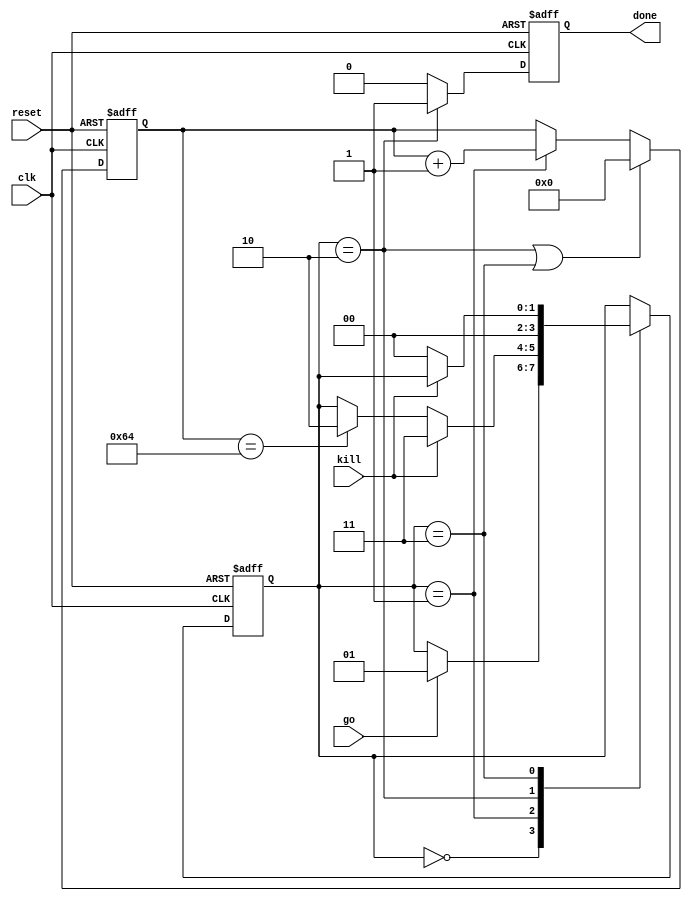
//A state machine with four internal states namely idle, active, finish and abort
//With go signal, enters active, counts upto 1000 and then goes finish where asserts done signal to output
//Unless it's interrupted with kill input signal in active then aborts untill kill is high

module state_machine (clk, reset, go, kill, done);

    input clk;
    input reset;
    input go;
    input kill;
    
    output done;
    reg done;

    reg [1:0] state;      //To implement the current state  
    reg [6:0] count;      //To count while in active state

    //Local parameters for alphanumeric mapping, on the other hand, define is global
    parameter idle = 2'b00;
    parameter active = 2'b01;
    parameter finish = 2'b10;
    parameter abort = 2'b11;

    //State machine
    always @ (posedge clk or posedge reset)
        begin
            if (reset)
                state <= idle;
            else
                case (state)
                    idle:
                        if (go) state <= active;
                    active:
                        if (kill) state <= abort;
                        else if (count == 7'd100) state <= finish;
                    finish:
                        state <= idle;
                    abort:
                        if (!kill) state <= idle;
                    default:
                        state <= idle;
                endcase
        end

    //Counter
    always @ (posedge clk or posedge reset)
        begin
            if (reset)
                count <= 7'h00;
            else if (state == finish || state == abort)
                count <= 7'h00;
            else if (state == active)
                count <= count + 1;
        end

    //Done register
    always @ (posedge clk or posedge reset)
        begin
            if (reset)
                done <= 1'b0;
            else if (state == finish)
                done <= 1'b1;
            else
                done <= 1'b0;
        end

endmodule


//Modular design

module instant_machines(clk, reset, go, kill, done);

    input clk, reset, go, kill;

    output done;

    //Does continuous assignment to the signals (so registers are not allowed directly)
    state_machine machine1(clk, reset, go, kill, done);

endmodule